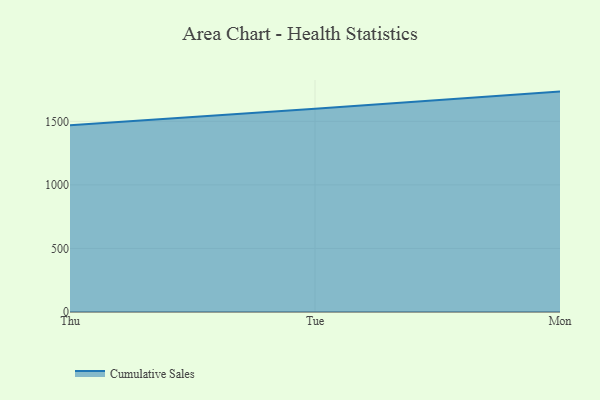
{"axis": {"x": "Day", "y": "Waste Production (Tons)"}, "legend": ["Cumulative Sales"], "data": [{"x": "Thu", "y": 1469.0, "type": "Cumulative Sales"}, {"x": "Tue", "y": 1598.3, "type": "Cumulative Sales"}, {"x": "Mon", "y": 1733.9, "type": "Cumulative Sales"}]}